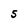
Character: S